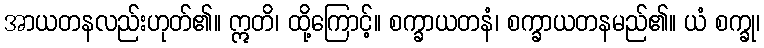
အာယတနလည်းဟုတ်၏။ ဣတိ၊ ထို့ကြောင့်။ စက္ခာယတနံ၊ စက္ခာယတနမည်၏။ ယံ စက္ခု၊